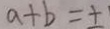
a + b = \pm